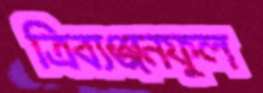
ত্রিব্যঞ্জনফুল